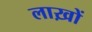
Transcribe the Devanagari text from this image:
लाख़ों